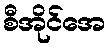
စီအိုင်အေ